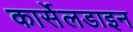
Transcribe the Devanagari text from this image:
कार्सेलडाइन